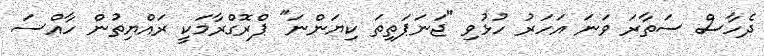
ދެހާސް ސަތާރަ ވަނަ އަހަރު ހުޅުވި "ޖަނަޕަތިތަ ކިޔަންނަ" ޕްރޮގްރާމަކީ ރައްޔިތުން ހާއްސަ